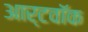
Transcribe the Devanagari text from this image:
आर्टवॉक